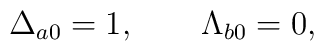
\Delta_{a0}=1,\qquad   \Lambda_{b0}=0,